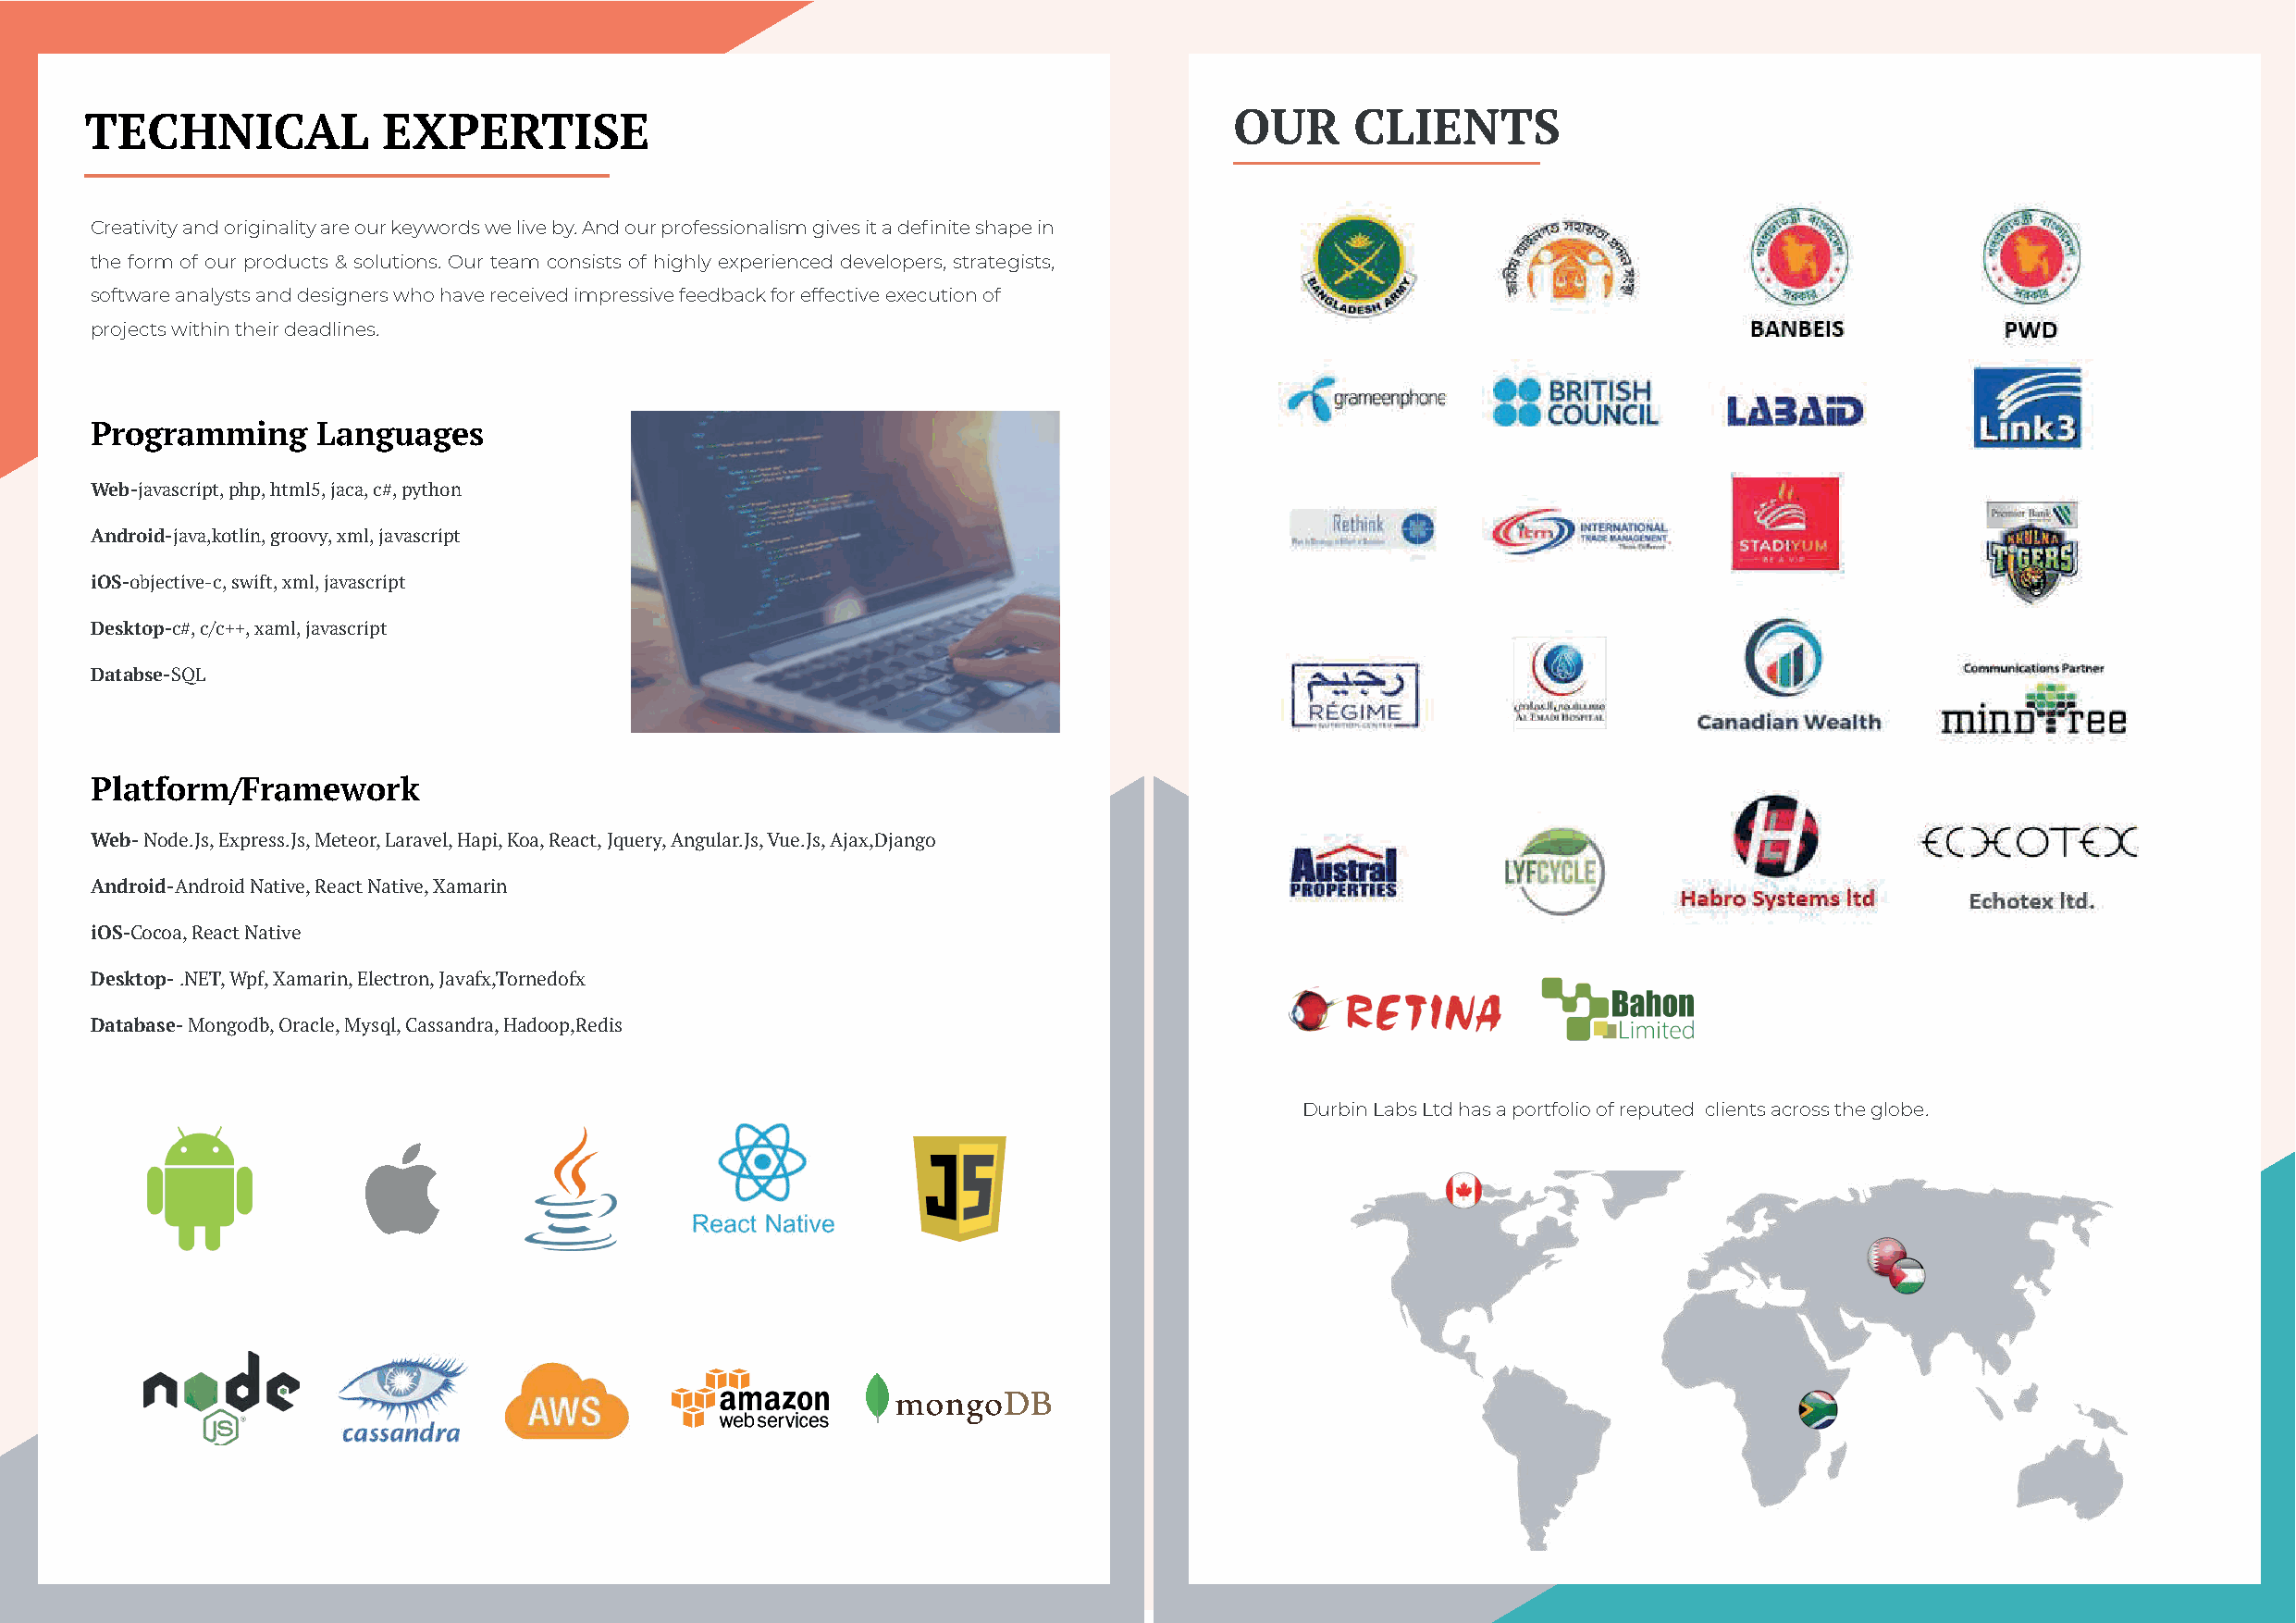
TECHNICAL            EXPERTISE                                                    OUR      CLIENTS
 Creativity and originality are our keywords we live by. And our professionalism gives it a definite shape in
 the form of our products & solutions. Our team consists of highly experienced developers, strategists,
 software analysts and designers who have received impressive feedback for effective execution of
 projects within their deadlines.
 Programming      Languages
 Web-javascript, php, html5, jaca, c#, python
 Android-java,kotlin, groovy, xml, javascript
 iOS-objective-c, swift, xml, javascript
 Desktop-c#, c/c++, xaml, javascript
 Databse-SQL
 Platform/Framework
 Web- Node.Js, Express.Js, Meteor, Laravel, Hapi, Koa, React, Jquery, Angular.Js, Vue.Js, Ajax,Django
 Android-Android Native, React Native, Xamarin
 iOS-Cocoa, React Native
 Desktop- .NET, Wpf, Xamarin, Electron, Javafx,Tornedofx
 Database- Mongodb, Oracle, Mysql, Cassandra, Hadoop,Redis
 Durbin Labs Ltd has a portfolio of reputed clients across the globe.